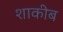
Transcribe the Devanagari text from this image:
शाकीब